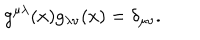
g ^ { \mu \lambda } ( x ) g _ { \lambda \nu } ( x ) = \delta _ { \mu \nu } .